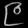
Digit: ၉